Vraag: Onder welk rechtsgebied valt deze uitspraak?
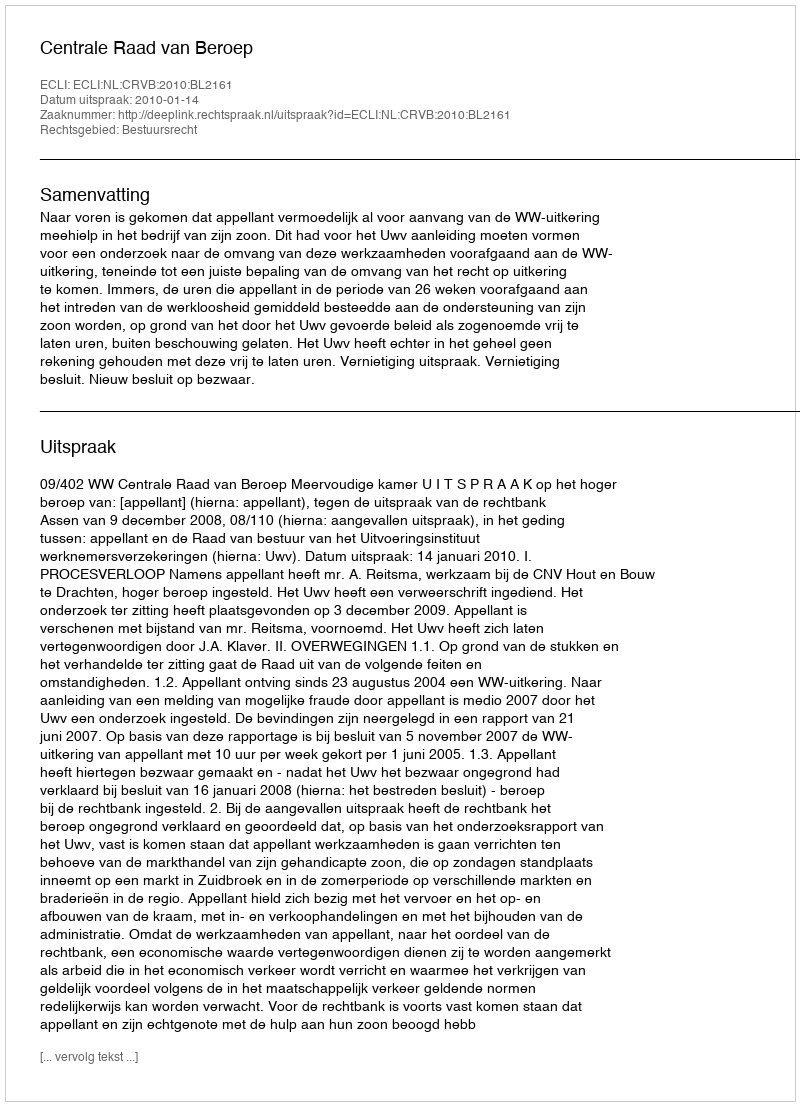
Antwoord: Bestuursrecht